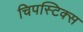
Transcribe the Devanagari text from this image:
चिपस्टिक्स